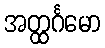
အတ္ထင်္ဂမော